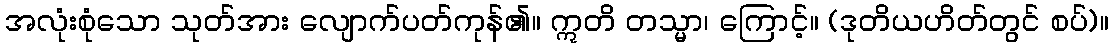
အလုံးစုံသော သုတ်အား လျောက်ပတ်ကုန်၏။ ဣတိ တသ္မာ၊ ကြောင့်။ (ဒုတိယဟိတ်တွင် စပ်)။